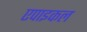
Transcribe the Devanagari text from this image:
एपाइकल